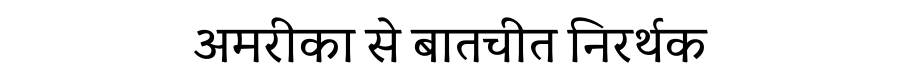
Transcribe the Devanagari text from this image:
अमरीका से बातचीत निरर्थक